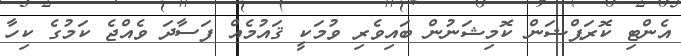
އެންޓި ކޮރަޕްޝަން ކޮމިޝަނުން ބައިވެރި ވުމަކީ ޤައުމެއް ފަސާދަ ވެއްޖެ ކަމުގެ ކިހާ